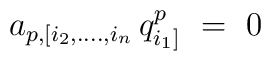
a_{p,[i_2,....,i_n} \, q^{p}_{i_1]} ~=~0